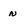
Character: n